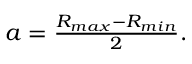
\begin{array} { r } { a = \frac { R _ { m a x } - R _ { m i n } } { 2 } . } \end{array}